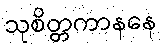
သုစိတ္တကာနနေ